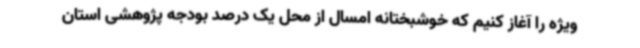
ویژه را آغاز کنیم که خوشبختانه امسال از محل یک درصد بودجه پژوهشی استان